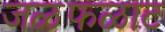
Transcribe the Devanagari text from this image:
जळफळाट